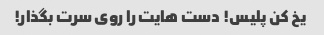
یخ کن پلیس! دست هایت را روی سرت بگذار!